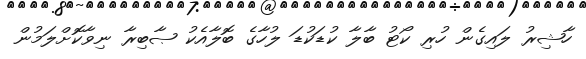
ހާޝިރު ލައިގެން ހުރި ކޯޓު ބާލާ ކުޑަކުޑަ ލުހާގެ ބޮލާއެކު ޞާބިރާ ނިވާކޮށްލަމުން